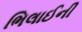
ભિલાઈની